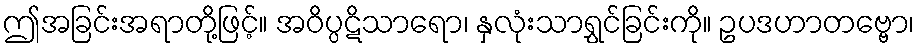
ဤအခြင်းအရာတို့ဖြင့်။ အဝိပ္ပဋိသာရော၊ နှလုံးသာရွှင်ခြင်းကို။ ဥပဒဟာတဗ္ဗော၊